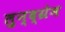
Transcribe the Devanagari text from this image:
लुन्द्ग्रेन